Newspaper: Fort Worth daily gazette.
Place of publication: Fort Worth, Tex.
Publisher: Stock Journal Pub. Co.
Date: 1885-09-12 00:00:00
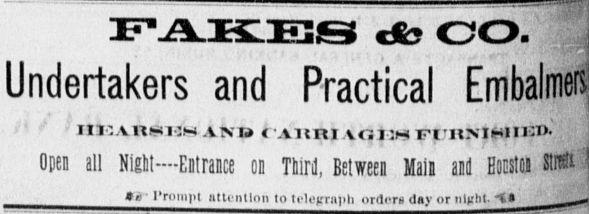
Advertisement text (OCR):
Undertakers and Practical Open all Nlglt Entrance on Bird Between Main and Hiutu a n Irompt attention to telegraph orders da ornUrht <
Label: text-only